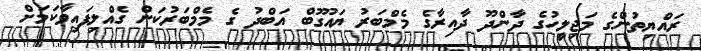
ރައްޔިތުންގެ މަޖިލީހުގެ ދާންދޫ ދާއިރާގެ މެމްބަރު ޔައުގޫބް އަބްދު ގެ މެމްބަރުކަން ގެއްލިފައިވާކަމަށް